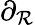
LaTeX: \partial_{\mathcal{R}}